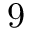
9